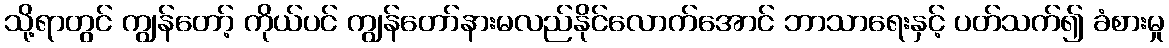
သို့ရာတွင် ကျွန်တော့် ကိုယ်ပင် ကျွန်တော်နားမလည်နိုင်လောက်အောင် ဘာသာရေးနှင့် ပတ်သက်၍ ခံစားမှု